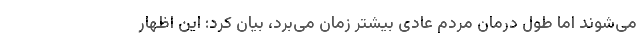
می‌شوند اما طول درمان مردم عادی بیشتر زمان می‌برد، بیان کرد: این اظهار